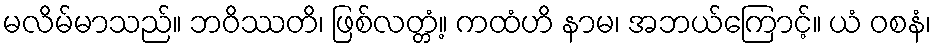
မလိမ်မာသည်။ ဘဝိဿတိ၊ ဖြစ်လတ္တံ့။ ကထံဟိ နာမ၊ အဘယ်ကြောင့်။ ယံ ဝစနံ၊